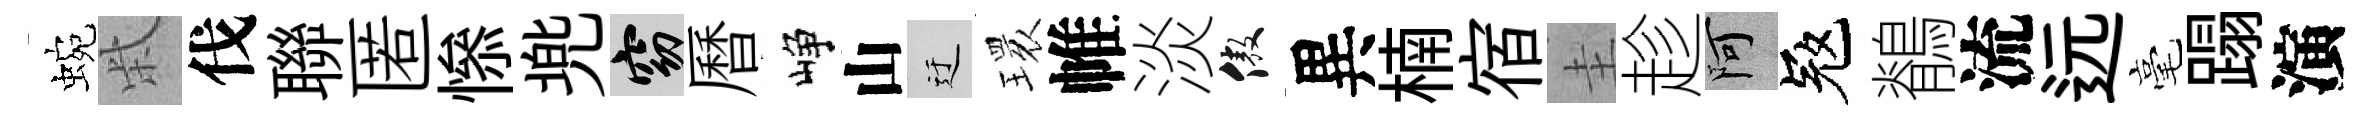
蜿柴伐聯匿𢡖兠窈曆峥山迂𤨔帷淡傲異楠宿圭趁阿冦鶺流远毫蹋演